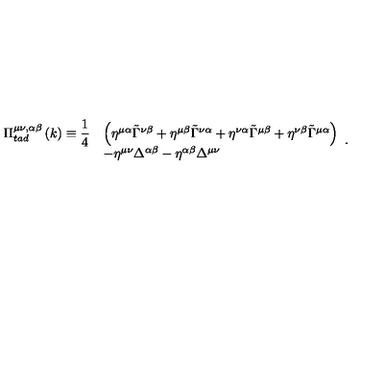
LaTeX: \begin{array} { l l l } { \Pi _ { t a d } ^ { \mu \nu , \alpha \beta } \left( k \right) \equiv \displaystyle { \frac { 1 } { 4 } } } & { \left( \eta ^ { \mu \alpha } \tilde { \Gamma } ^ { \nu \beta } + \eta ^ { \mu \beta } \tilde { \Gamma } ^ { \nu \alpha } + \eta ^ { \nu \alpha } \tilde { \Gamma } ^ { \mu \beta } + \eta ^ { \nu \beta } \tilde { \Gamma } ^ { \mu \alpha } \right) } \\ { } & { - \eta ^ { \mu \nu } \Delta ^ { \alpha \beta } - \eta ^ { \alpha \beta } \Delta ^ { \mu \nu } } \\ \end{array} .